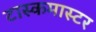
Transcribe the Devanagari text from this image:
टास्कमास्टर